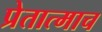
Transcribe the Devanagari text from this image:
प्रेतात्माच